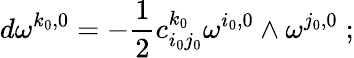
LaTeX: d\omega^{k_{0},0}=-\frac{1}{2}c_{i_{0}j_{0}}^{k_{0}}\omega^{i_{0},0}\wedge\omega^{j_{0},0}\; ;